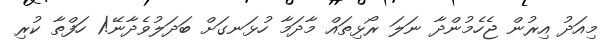
މިއަދު އިރުން ޖެހެމުންދާ ނަލަ ރޯޅިތައް މާދަމާ ހުޅަނގަށް ބަދަލުވެދާނޭ!1 ހަފްތާ ކުރި